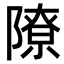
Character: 𫕔